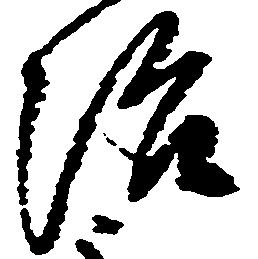
治